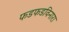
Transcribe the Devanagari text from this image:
फडफडविनारा